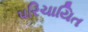
પરિચાયિત